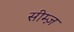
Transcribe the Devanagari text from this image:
सीम्ज़